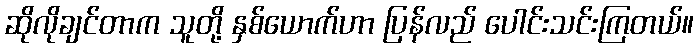
ဆိုလိုချင်တာက သူတို့ နှစ်ယောက်ဟာ ပြန်လည် ပေါင်းသင်းကြတယ်။